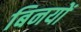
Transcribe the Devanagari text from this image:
बिनयों